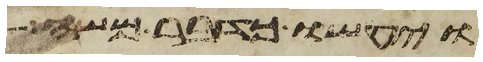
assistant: ויעשו כדבר משה